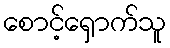
စောင့်ရှောက်သူ